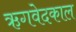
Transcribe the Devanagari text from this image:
ऋगवेदकाल